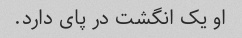
او یک انگشت در پای دارد.